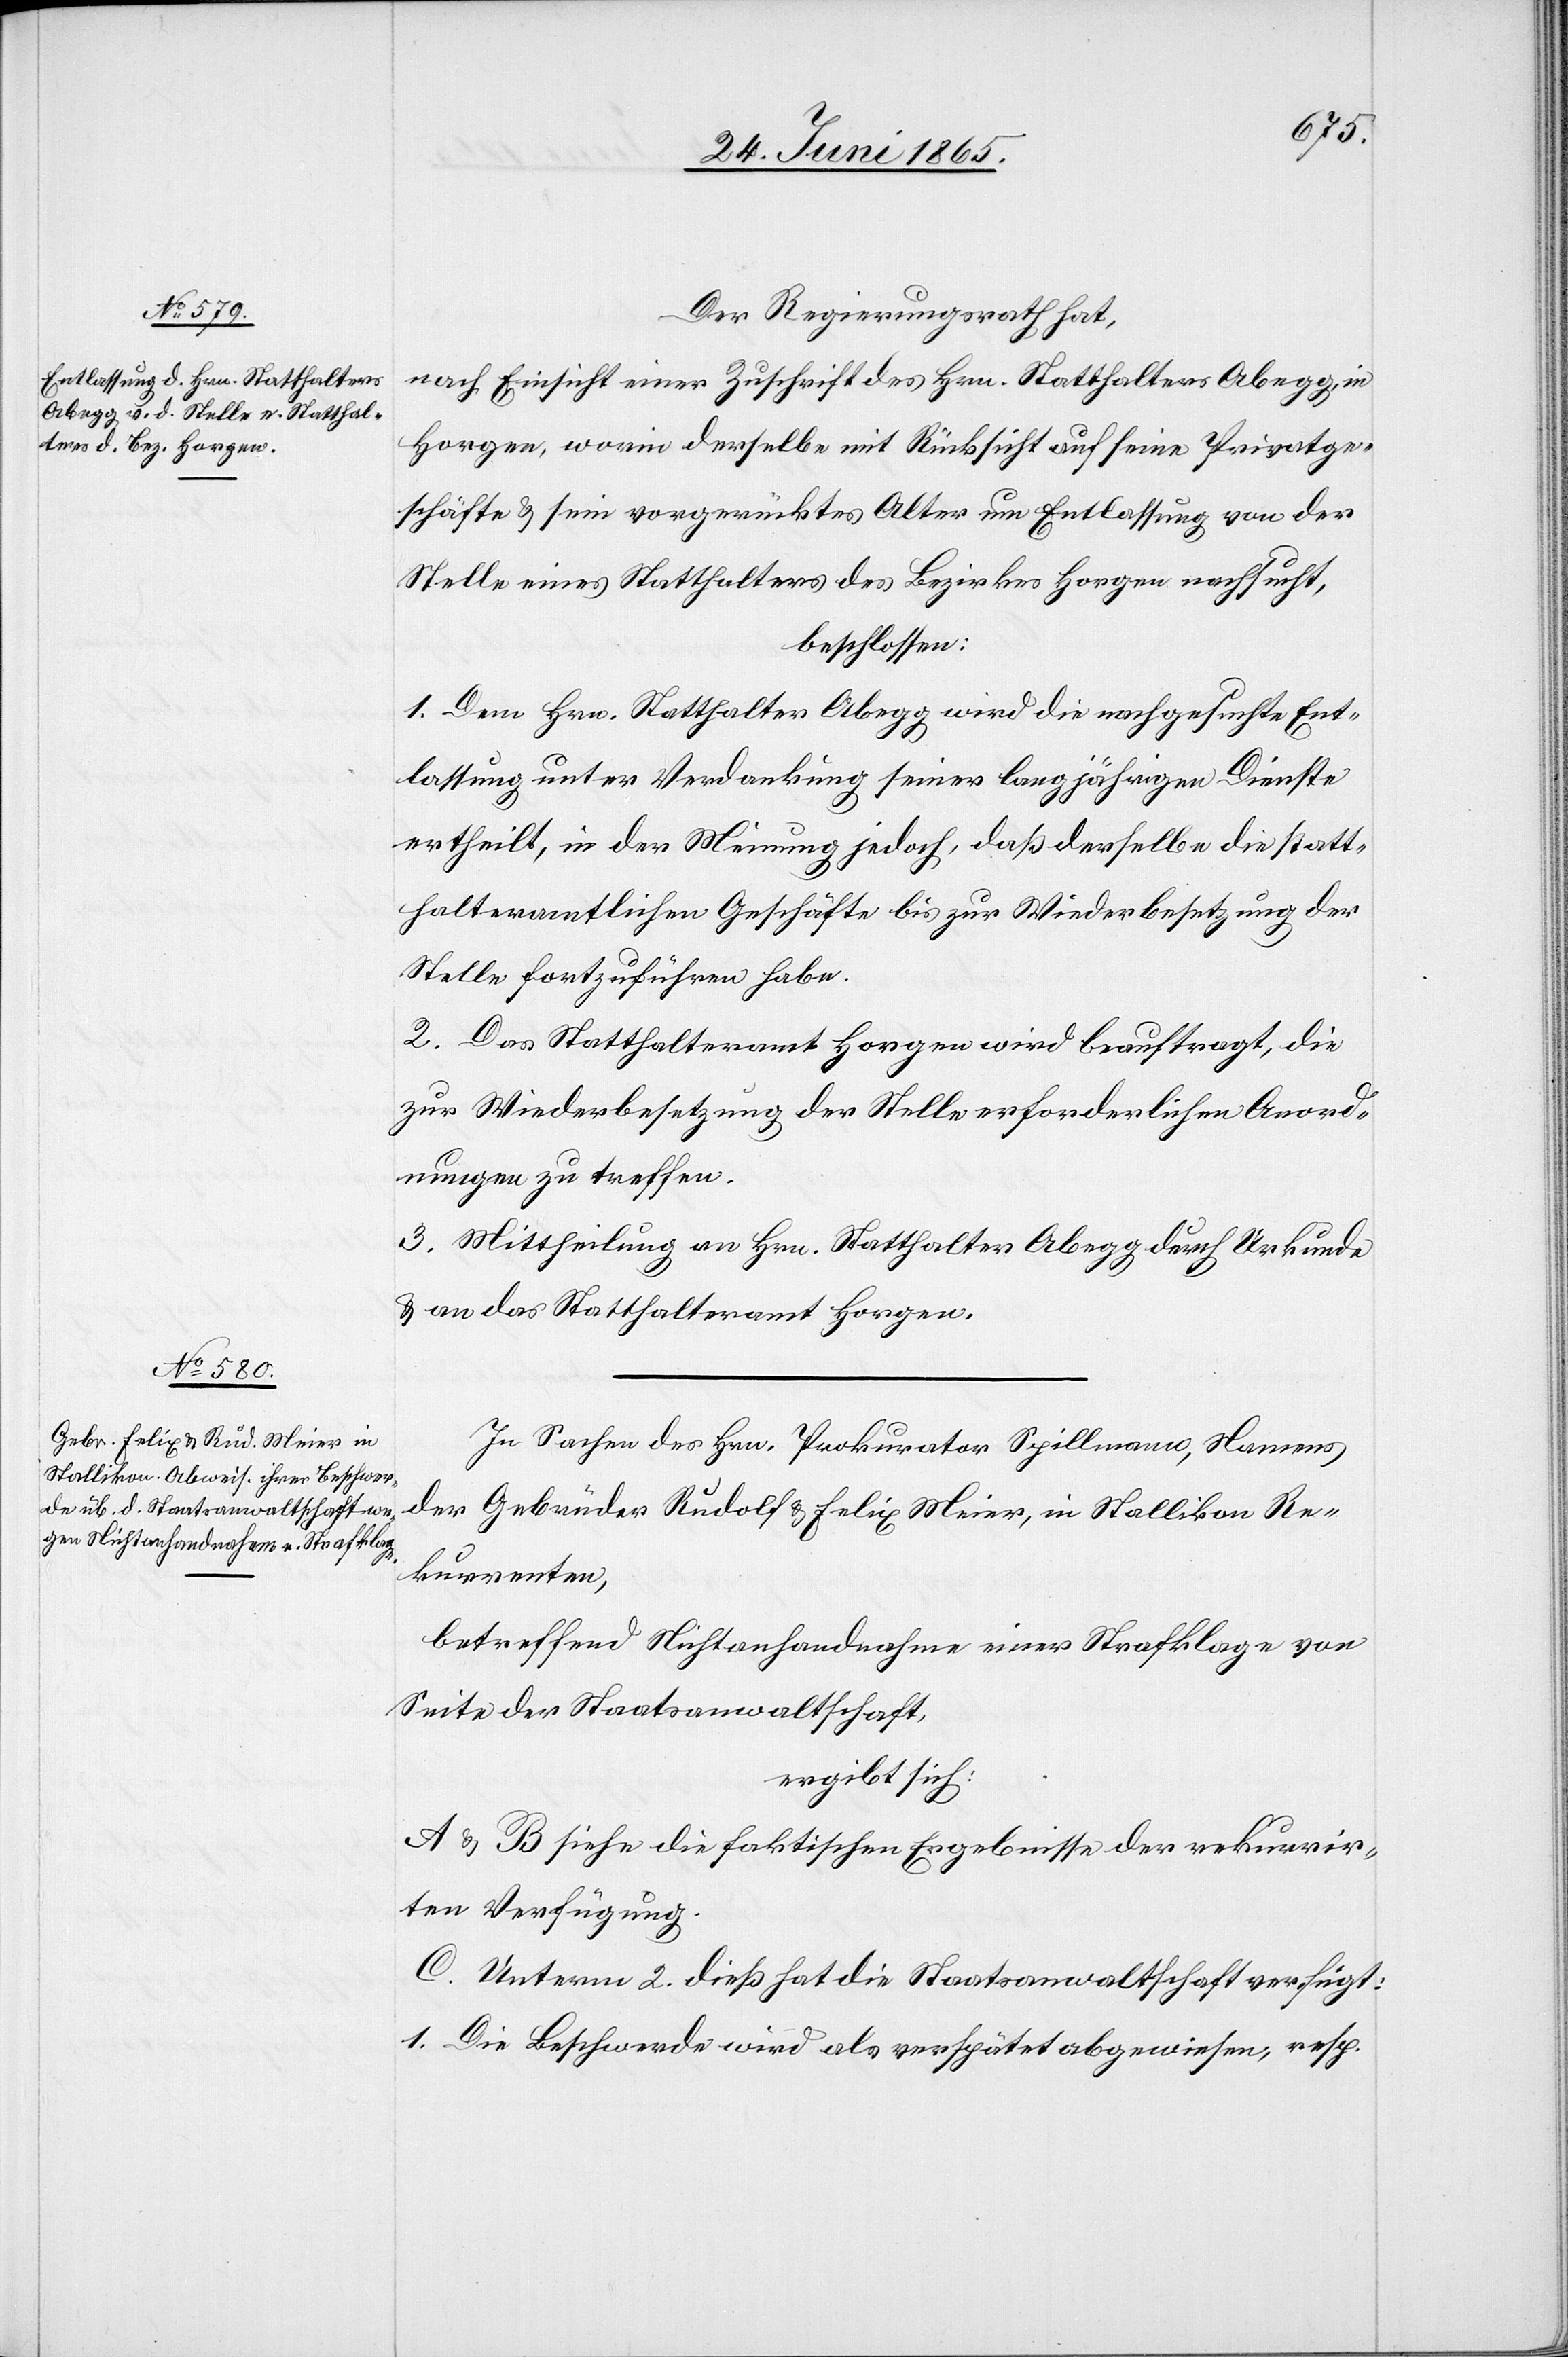
Der Regierungsrath hat,
nach Einsicht einer Zuschrift des Hrn. Statthalters Abegg, in
Horgen, worin derselbe mit Rücksicht auf seine Privatge¬
schäfte & sein vorgerücktes Alter um Entlassung von der
Stelle eines Statthalters des Bezirkes Horgen ersucht,
beschlossen:
1. Dem Hrn. Statthalter Abegg wird die nachgesuchte Ent¬
lassung unter Verdankung seiner langjährigen Dienste
erhteilt, in der Meinung jedoch, daß derselbe die statt¬
halteramtlichen Geschäfte bis zur Wiederbesetzung der
Stelle fortzuführen habe.
2. Das Statthalteramt Horgen wird beauftragt, die
zur Wiederbesetzung der Stelle erforderlichen Anord¬
nungen zu treffen.
3. Mittheilung an Hrn. Statthalter Abegg durch Urkunde
& an das Statthalteramt Horgen.
In Sachen des Hrn. Prokurator Spillmann, Namens
der Gebrüder Rudolf & Felix Meier, in Stallikon Re¬
kurrenten,
betreffend Nichtanhandnahme einer Strafklage von
Seite der Staatsanwaltschaft,
ergibt sich:
A & B siehe die faktischen Ergebnisse der rekurrir¬
ten Verfügung.
C. Unterm 2. dieß hat die Staatsanwaltschaft verfügt:
1. Die Beschwerde wird als verspätet abgewiesen, resp.